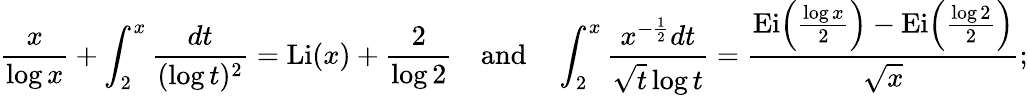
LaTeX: \frac{x}{\log{x}}+\int_{2}^{x}\frac{dt}{(\log{t})^{2}}=\operatorname{Li}(x)+\frac{2}{\log{2}}\quad\mathrm{and}\quad\int_{2}^{x}\frac{x^{-\frac{1}{2}}dt}{\sqrt{t}\log{t}}=\frac{\operatorname{Ei}\! \left(\frac{\log{x}}{2}\right)-\operatorname{Ei}\! \left(\frac{\log{2}}{2}\right)}{\sqrt{x}};